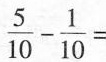
\frac{5}{10}- \frac{1}{10}=